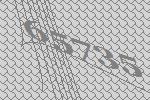
65735